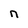
Character: n